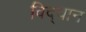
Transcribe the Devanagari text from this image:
विद्‌वान